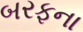
બરફના